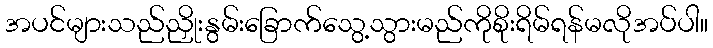
အပင်များသည်ညှိုးနွမ်းခြောက်သွေ့သွားမည်ကိုစိုးရိမ်ရန်မလိုအပ်ပါ။